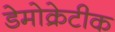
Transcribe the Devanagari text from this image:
डेेमोक्रेटीक